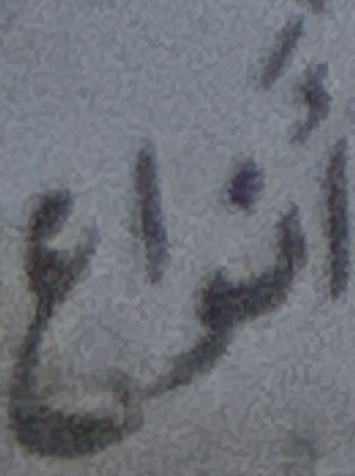
انواع